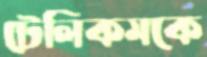
টেলিকমকে